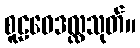
စူဠဝေဒလ္လသုတ်။